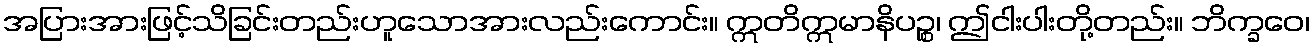
အပြားအားဖြင့်သိခြင်းတည်းဟူသောအားလည်းကောင်း။ ဣတိဣမာနိပဉ္စ၊ ဤငါးပါးတို့တည်း။ ဘိက္ခဝေ၊